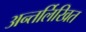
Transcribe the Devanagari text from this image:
अन्तर्लिखित